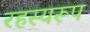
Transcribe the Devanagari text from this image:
रहस्यरूप